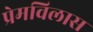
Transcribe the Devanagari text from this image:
प्रेमविलास